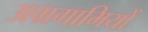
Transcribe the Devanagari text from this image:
अग्रगामियों